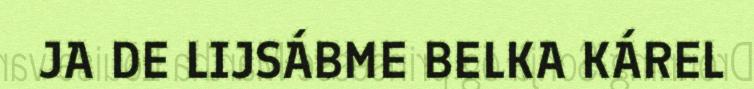
JA DE LIJSÁBME BELKA KÁREL